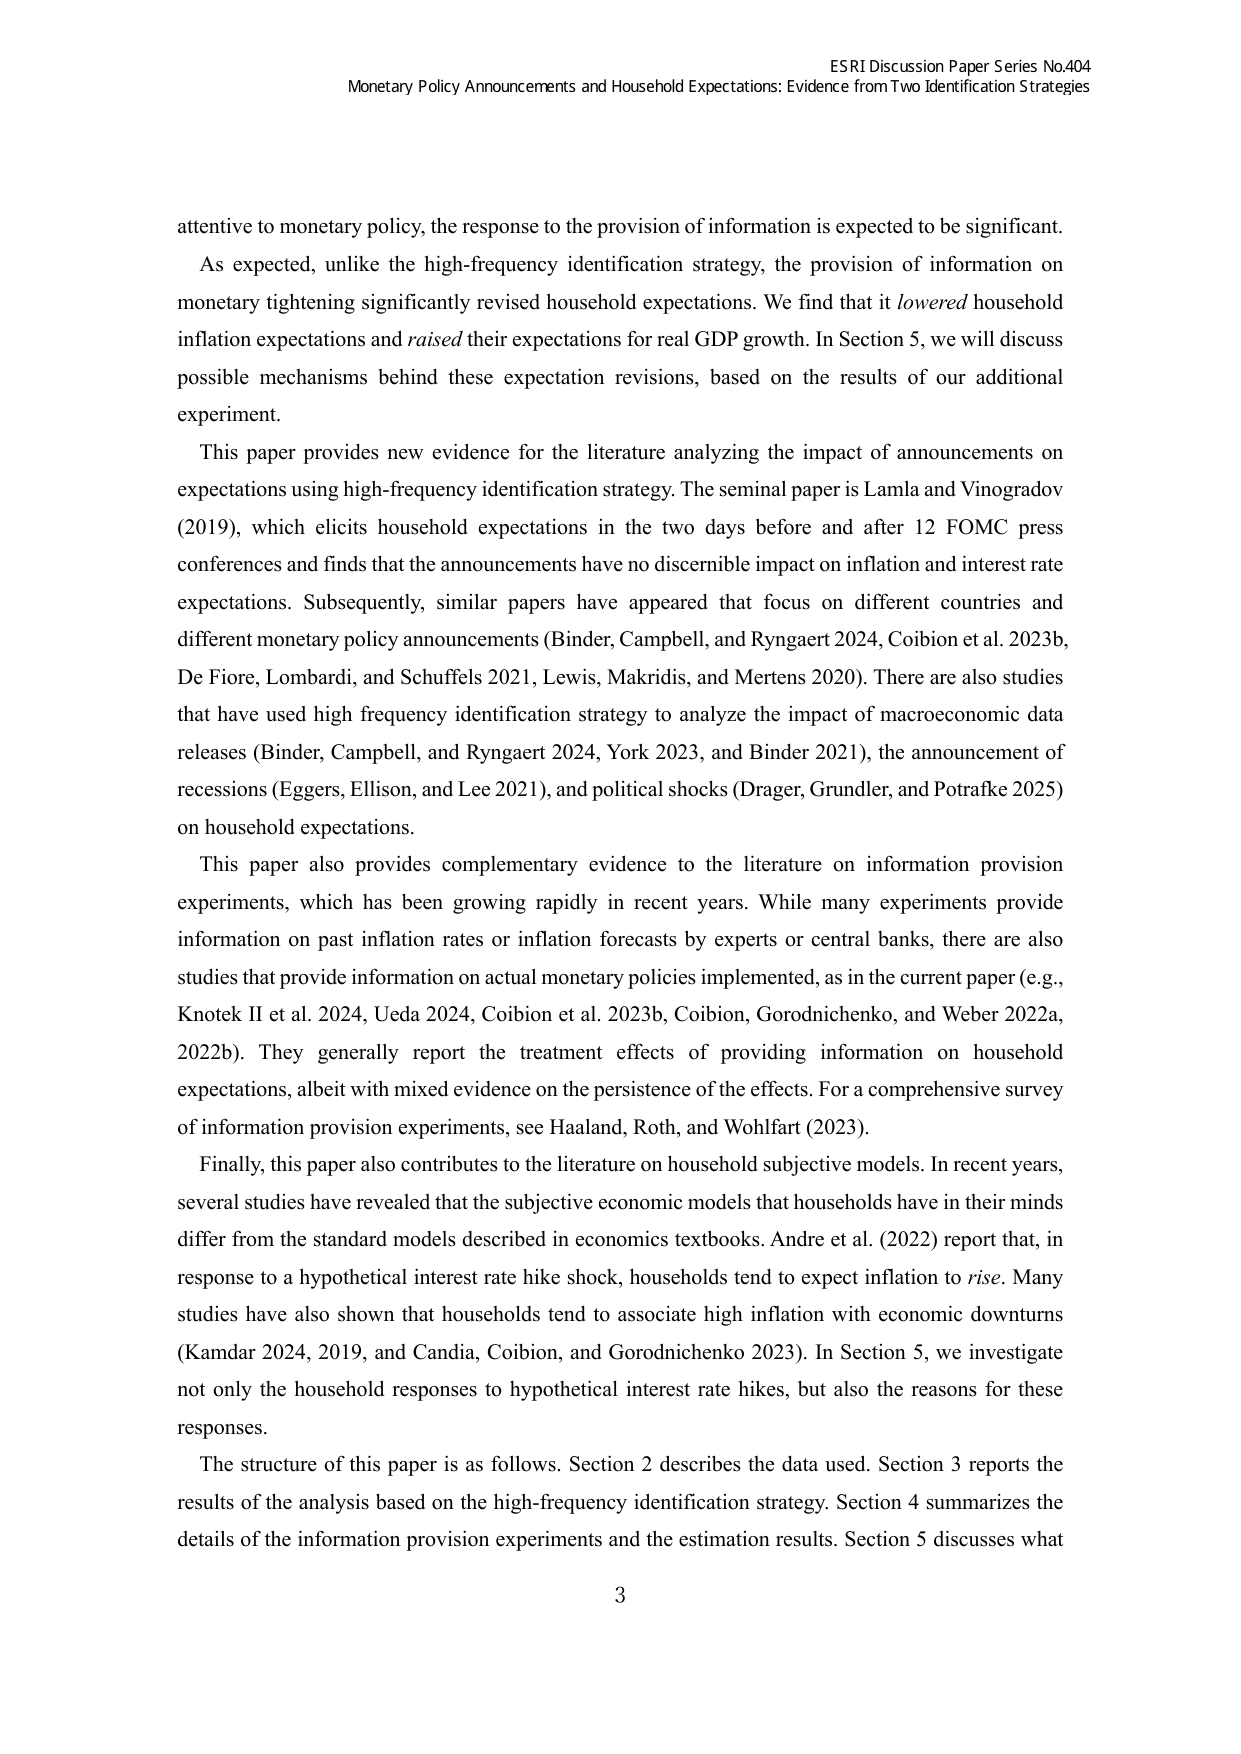
ESRI Discussion Paper Series No.404
Monetary Policy Announcements and Household Expectations: Evidence from Two Identification Strategies

attentive to monetary policy, the response to the provision of information is expected to be significant.
As expected, unlike the high-frequency identification strategy, the provision of information on monetary tightening significantly revised household expectations. We find that it lowered household inflation expectations and raised their expectations for real GDP growth. In Section 5, we will discuss possible mechanisms behind these expectation revisions, based on the results of our additional experiment.
This paper provides new evidence for the literature analyzing the impact of announcements on expectations using high-frequency identification strategy. The seminal paper is Lamla and Vinogradov (2019), which elicits household expectations in the two days before and after 12 FOMC press conferences and finds that the announcements have no discernible impact on inflation and interest rate expectations. Subsequently, similar papers have appeared that focus on different countries and different monetary policy announcements (Binder, Campbell, and Ryngaert 2024, Coibion et al. 2023b, De Fiore, Lombardi, and Schuffels 2021, Lewis, Makridis, and Mertens 2020). There are also studies that have used high frequency identification strategy to analyze the impact of macroeconomic data releases (Binder, Campbell, and Ryngaert 2024, York 2023, and Binder 2021), the announcement of recessions (Eggers, Ellison, and Lee 2021), and political shocks (Drager, Grundler, and Potrafke 2025) on household expectations.
This paper also provides complementary evidence to the literature on information provision experiments, which has been growing rapidly in recent years. While many experiments provide information on past inflation rates or inflation forecasts by experts or central banks, there are also studies that provide information on actual monetary policies implemented, as in the current paper (e.g., Knotek II et al. 2024, Ueda 2024, Coibion et al. 2023b, Coibion, Gorodnichenko, and Weber 2022a, 2022b). They generally report the treatment effects of providing information on household expectations, albeit with mixed evidence on the persistence of the effects. For a comprehensive survey of information provision experiments, see Haaland, Roth, and Wohlfart (2023).
Finally, this paper also contributes to the literature on household subjective models. In recent years, several studies have revealed that the subjective economic models that households have in their minds differ from the standard models described in economics textbooks. Andre et al. (2022) report that, in response to a hypothetical interest rate hike shock, households tend to expect inflation to rise. Many studies have also shown that households tend to associate high inflation with economic downturns (Kamdar 2024, 2019, and Candia, Coibion, and Gorodnichenko 2023). In Section 5, we investigate not only the household responses to hypothetical interest rate hikes, but also the reasons for these responses.
The structure of this paper is as follows. Section 2 describes the data used. Section 3 reports the results of the analysis based on the high-frequency identification strategy. Section 4 summarizes the details of the information provision experiments and the estimation results. Section 5 discusses what
3